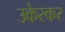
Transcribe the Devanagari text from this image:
उकेरकर